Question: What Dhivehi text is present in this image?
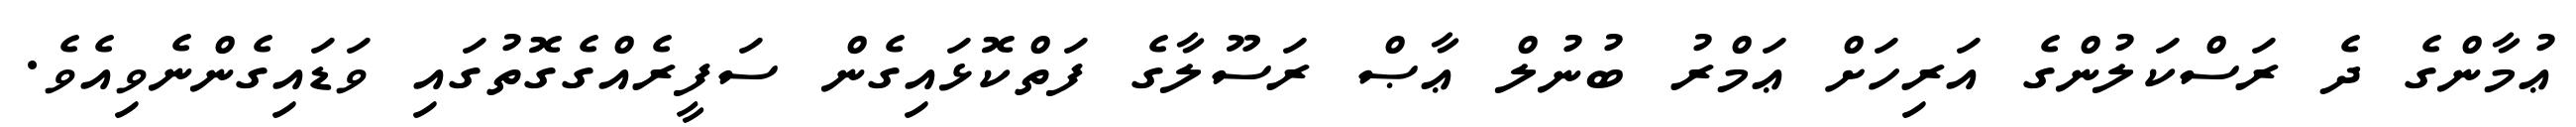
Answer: ޢުމާންގެ ދެ ރަސްކަލުންގެ އަރިހަށް ޢަމްރު ބުނުލް ޢާޞް ރަސޫލާގެ ފަތްކޮޅައިގެން ސަފީރެއްގެގޮތުގައި ވަޑައިގެންނެވިއެވެ.